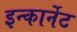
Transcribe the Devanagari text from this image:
इन्कार्नेट